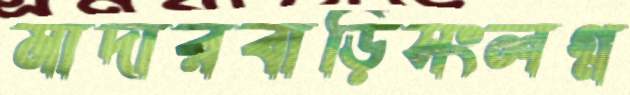
মাদারবাড়িসংলগ্ন